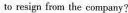
to resign from the company?